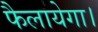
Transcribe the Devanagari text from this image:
फैलायेगा।